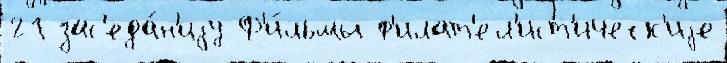
21 зас'еда́н'иjу Ф'и́льмы ф'илат'ел'ист'ическ'иjе